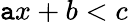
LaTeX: \mathtt{a}x+b<c